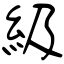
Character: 級